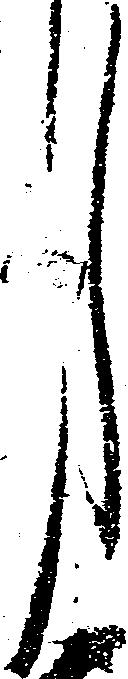
月